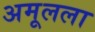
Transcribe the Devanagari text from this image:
अमूलला